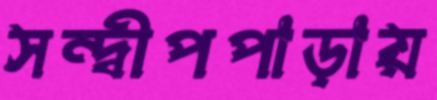
সন্দ্বীপপাড়ায়